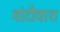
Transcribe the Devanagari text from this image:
वांदीवाश